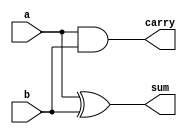
// -------------------------
// Guia_0800 - FULL ADDER
// Nome: Gabriel Samarane Ribeiro
// -------------------------
// -------------------------
// half adder
// -------------------------
	
// Definio do mdulo Half Adder
    module Half_Adder(input a, input b, output sum, output carry);
        xor (sum, a, b);
        and (carry, a, b);
    endmodule
    
    // Definio do mdulo Full Adder
    module Full_Adder(input a, input b, input cin, output sum, output co);
        wire s1, c1, c2;
        Half_Adder ha0(a, b, s1, c1);
        Half_Adder ha1(s1, cin, sum, c2);
        or (co, c1, c2);
    endmodule 
    
    // Mdulo de teste
    module Teste;
        reg  [4:0] A;
        reg  [4:0] B;
        wire [5:0] S;
        wire [4:0] c;
    
        // Atribuindo valores
        initial begin
            A = 5'b11111;
            B = 5'b01010;
        end
    
        // Instanciao do primeiro Full Adder
        Full_Adder fa0(A[0], B[0], 1'b0, S[0], c[0]);    
    
        // Instanciao dos Full Adders restantes
        genvar i;
        generate 
            for (i = 1; i < 5; i = i + 1) begin
                Full_Adder fa(A[i], B[i], c[i-1], S[i], c[i]);
            end
        endgenerate
    
        // Atribuio do bit de carry final
        assign S[5] = c[4];
    
        // Display dos resultados
        initial begin
            $display("-------------- TESTE SOMADOR-6-BITS ------------");
            $display("A = 11111,  B = 01010");
            #1 $display("Resultado da soma A + B: %b", S);
        end
    endmodule